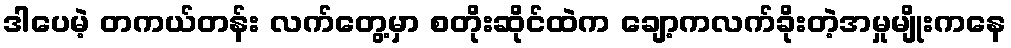
ဒါပေမဲ့ တကယ်တန်း လက်တွေ့မှာ စတိုးဆိုင်ထဲက ချော့ကလက်ခိုးတဲ့အမှုမျိုးကနေ